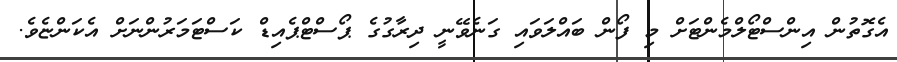
އެގޮތުން އިންސްޓޯލްމެންޓަށް މި ފޯން ބައްލަވައި ގަނެވޭނީ ދިރާގުގެ ޕޯސްޓްޕެއިޑް ކަސްޓަަމަރުންނަށް އެކަންޏެވެ.